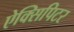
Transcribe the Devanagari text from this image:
ऐक्सिपिटर